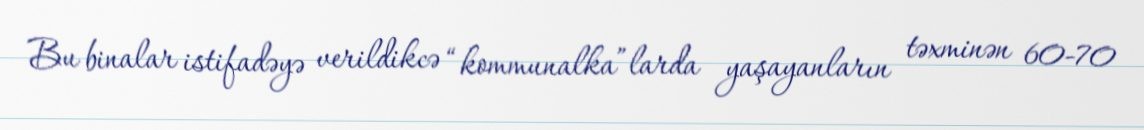
Bu binalar istifadəyə verildikcə “kommunalka”larda yaşayanların təxminən 60-70